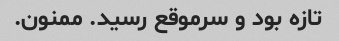
تازه بود و سرموقع رسید. ممنون.